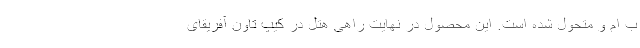
ب ام و متحول شده است. این محصول در نهایت راهی هتل در کیپ تاون آفریقای